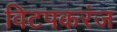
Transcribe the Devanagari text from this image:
विटपकरंज